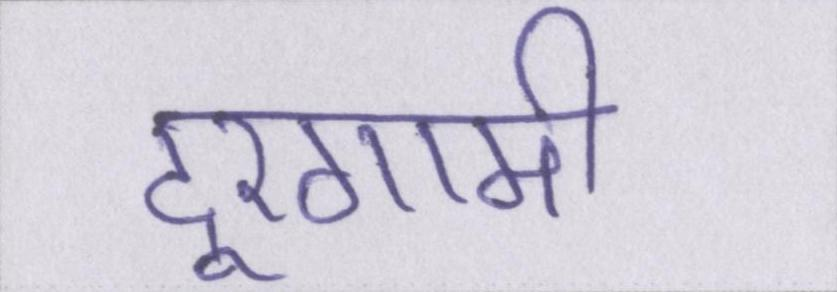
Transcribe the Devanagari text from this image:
दूरगामी